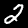
Digit: 2